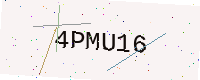
Text: 4PMU16